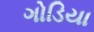
ગોડિયા